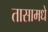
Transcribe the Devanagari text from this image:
तासामधे